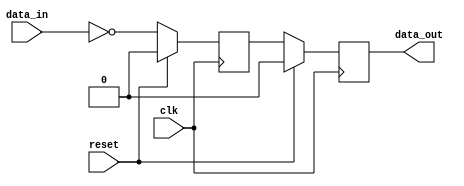
module inverter_delay(
    input wire clk,
    input wire reset,
    input wire data_in,
    output reg data_out
);

reg inverter_output;

always @(posedge clk) begin
    if (reset)
        inverter_output <= 1'b0;
    else
        inverter_output <= ~data_in;
end

always @(posedge clk) begin
    if (reset)
        data_out <= 1'b0;
    else
        data_out <= inverter_output;
end

endmodule